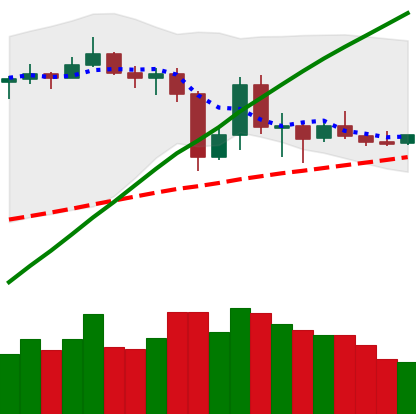
Ticker: LTC-USD
Chart end date: 2019-07-07
Forward return: -12.484%
Label: down_7plus